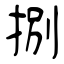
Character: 捌